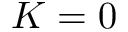
K = 0